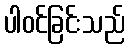
ပါဝင်ခြင်းသည်